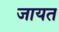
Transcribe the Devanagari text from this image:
जायत